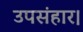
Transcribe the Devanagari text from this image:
उपसंहार।